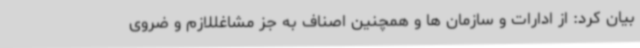
بیان کرد: از ادارات و سازمان ها و همچنین اصناف به جز مشاغللازم و ضروی